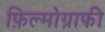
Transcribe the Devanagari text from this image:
फ़िल्मोग्राफी